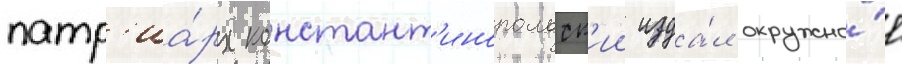
патр'иа́рх констант'инопольск'ии изда́л окружно́е